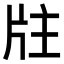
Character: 𤖸